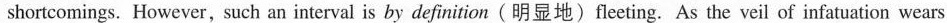
shortcomings. However, such an interval is by definition ( 明显地) fleeting. As the veil of infatuation wears